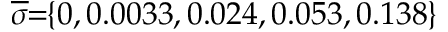
\! \! \! \overline { { \sigma } } \! \! = \! \! \{ 0 , 0 . 0 0 3 3 , 0 . 0 2 4 , 0 . 0 5 3 , 0 . 1 3 8 \} \! \! \!